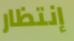
إنتظار